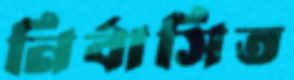
নির্বাসিত